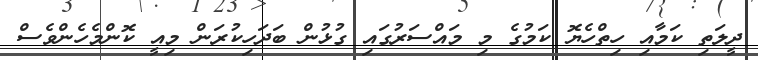
ދީލަތި ކަމާއި ހިތްހެޔޮ ކަމުގެ މި މައްސަރުގައި ގުޅުން ބަދަހިކުރަން މިއީ ކޮންމެހެންވެސް